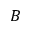
B